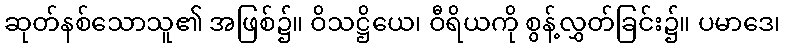
ဆုတ်နစ်သောသူ၏ အဖြစ်၌။ ဝိသဋ္ဌိယေ၊ ဝီရိယကို စွန့်လွှတ်ခြင်း၌။ ပမာဒေ၊